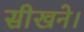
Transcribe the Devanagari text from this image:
सीखने।